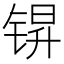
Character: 𮸒